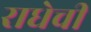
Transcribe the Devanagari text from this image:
राधेची